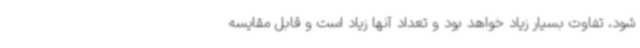
شود، تفاوت بسیار زیاد خواهد بود و تعداد آنها زیاد است و قابل مقایسه